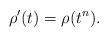
LaTeX: \begin{align*}\rho'(t) = \rho(t^n).\end{align*}